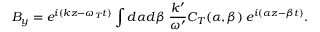
B _ { y } = e ^ { i ( k z - \omega _ { T } t ) } \int d \alpha d \beta \; { \frac { k ^ { \prime } } { \omega ^ { \prime } } } C _ { T } ( \alpha , \beta ) \; e ^ { i ( \alpha z - \beta t ) } .